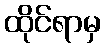
ထိုင်ရာမှ